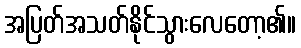
အပြတ်အသတ်နိုင်သွားလေတော့၏။